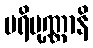
ပရိပုဏ္ဏာနိ